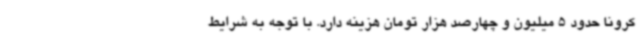
کرونا حدود 5 میلیون و چهارصد هزار تومان هزینه دارد. با توجه به شرایط